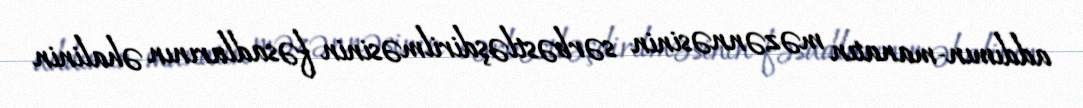
addımın-manatın məzənnəsinin sərbəstləşdirilməsinin fəsadlarının əhalinin